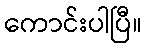
ကောင်းပါပြီ။